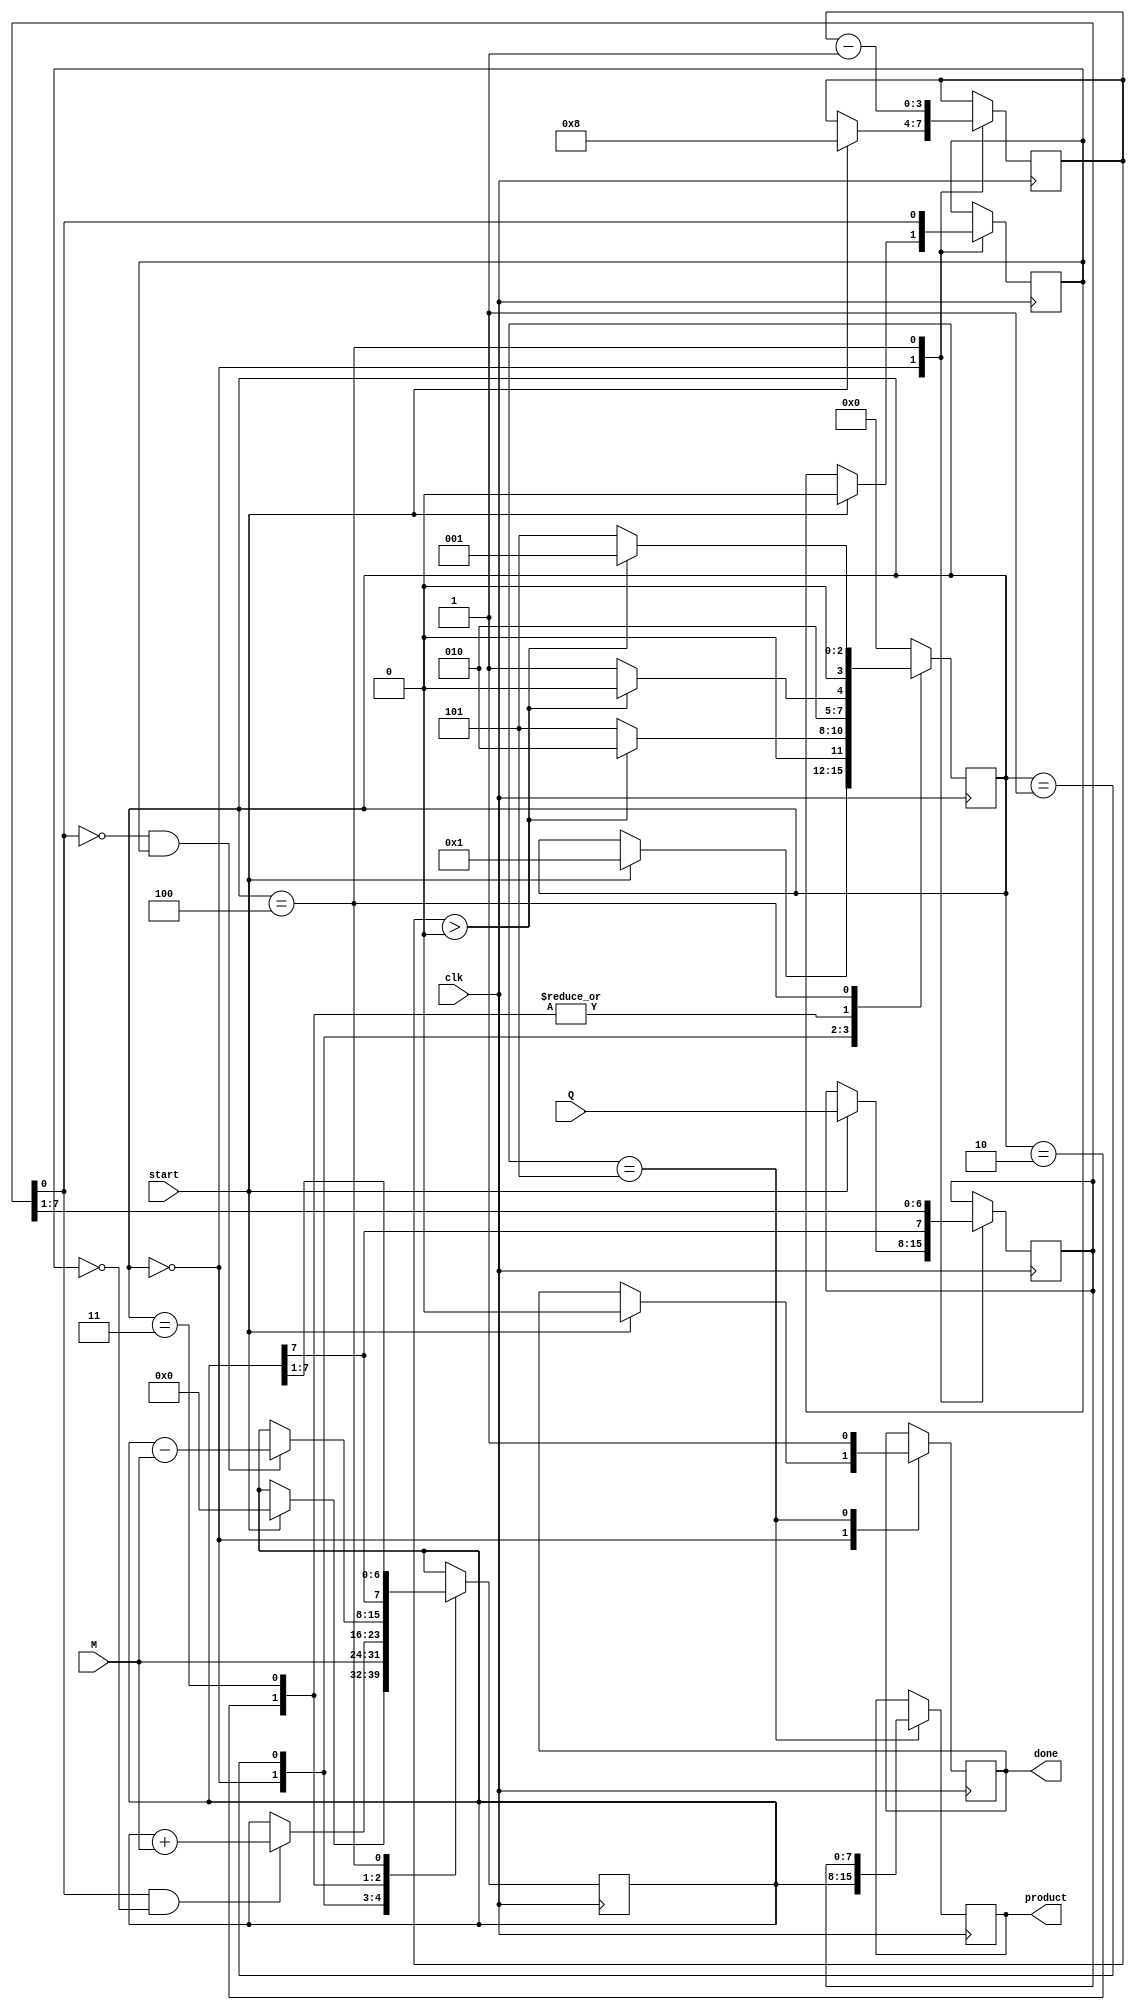
module booth_multiplier #(parameter N = 8) (
    input wire clk,
    input wire start,
    input wire [N-1:0] M, // Multiplicand
    input wire [N-1:0] Q, // Multiplier
    output reg [2*N-1:0] product, // Final product
    output reg done // Indicates multiplication is complete
);

    // Internal registers
    reg [N-1:0] A;        // Accumulator
    reg [N-1:0] Q_reg;    // Multiplier register
    reg Q_1;              // Previous LSB of Q
    reg [3:0] state;      // FSM state
    reg [3:0] count;      // Count for number of iterations

    // State definitions
    localparam IDLE = 4'b0000,
               LOAD = 4'b0001,
               ADD = 4'b0010,
               SUBTRACT = 4'b0011,
               SHIFT = 4'b0100,
               DONE = 4'b0101;

    // Initial block
    initial begin
        A = 0;
        Q_reg = 0;
        Q_1 = 0;
        product = 0;
        done = 0;
        state = IDLE;
        count = 0;
    end

    // FSM for Booth's algorithm
    always @(posedge clk) begin
        case (state)
            IDLE: begin
                if (start) begin
                    A <= 0;
                    Q_reg <= Q;
                    Q_1 <= 0;
                    count <= N; // Set count for n iterations
                    state <= LOAD;
                    done <= 0;
                end
            end

            LOAD: begin
                // Load multiplicand into A and prepare for operations
                A <= M;
                state <= (count > 0) ? ADD : DONE;
            end

            ADD: begin
                if (Q_reg[0] == 1 && Q_1 == 0) begin
                    A <= A + M; // Perform A = A + M
                end
                state <= (count > 0) ? SHIFT : DONE;
            end

            SUBTRACT: begin
                if (Q_reg[0] == 0 && Q_1 == 1) begin
                    A <= A - M; // Perform A = A - M
                end
                state <= (count > 0) ? SHIFT : DONE;
            end

            SHIFT: begin
                // Perform right arithmetic shift
                {A, Q_reg} <= {A[N-1], A, Q_reg}; // Shift A and Q
                Q_1 <= Q_reg[0]; // Update Q-1
                Q_reg <= {A[N-1], Q_reg[N-1:1]}; // Right shift
                A <= {A[N-1], A[N-1:1]}; // Right shift A

                count <= count - 1; // Decrement count
                state <= (count > 0) ? LOAD : DONE; // Check if done
            end

            DONE: begin
                product <= {A, Q_reg}; // Combine A and Q for final product
                done <= 1; // Set done signal
                state <= IDLE; // Reset state machine
            end

            default: state <= IDLE; // Default case
        endcase
    end
endmodule